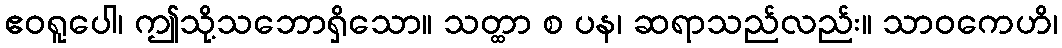
ဧဝရူပေါ၊ ဤသို့သဘောရှိသော။ သတ္ထာ စ ပန၊ ဆရာသည်လည်း။ သာဝကေဟိ၊